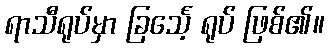
ရာသီရုပ်မှာ ခြင်္သေ့ ရုပ် ဖြစ်၏။